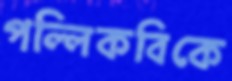
পল্লিকবিকে